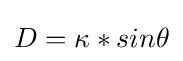
{\textstyle D=\kappa *sin\theta }